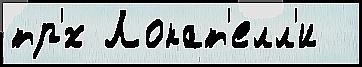
тр'́х Локат'елл'и